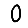
Digit: 0